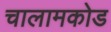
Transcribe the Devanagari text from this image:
चालामकोड